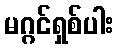
မဂ္ဂင်ရှစ်ပါး